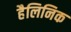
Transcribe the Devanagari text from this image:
हैलिनिक